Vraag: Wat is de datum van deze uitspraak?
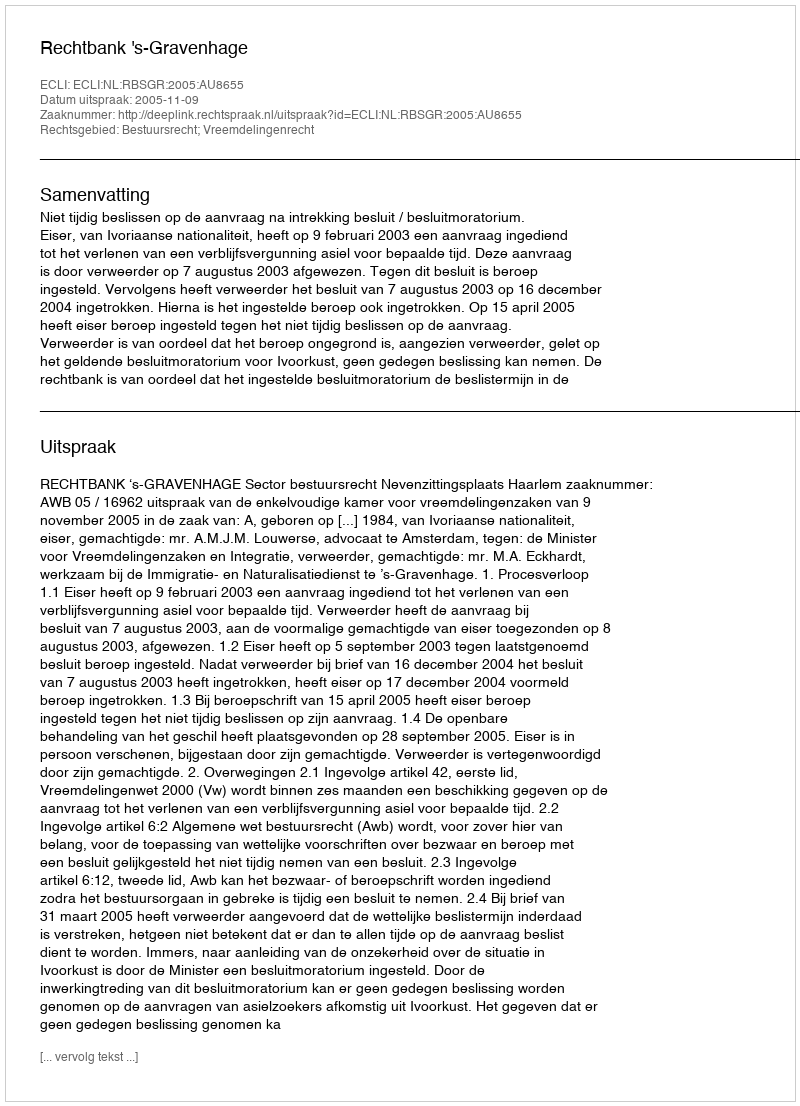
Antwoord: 2005-11-09